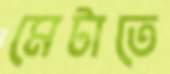
মেটাতে